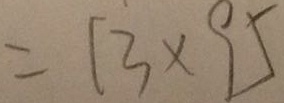
= 1 3 \times 9 5